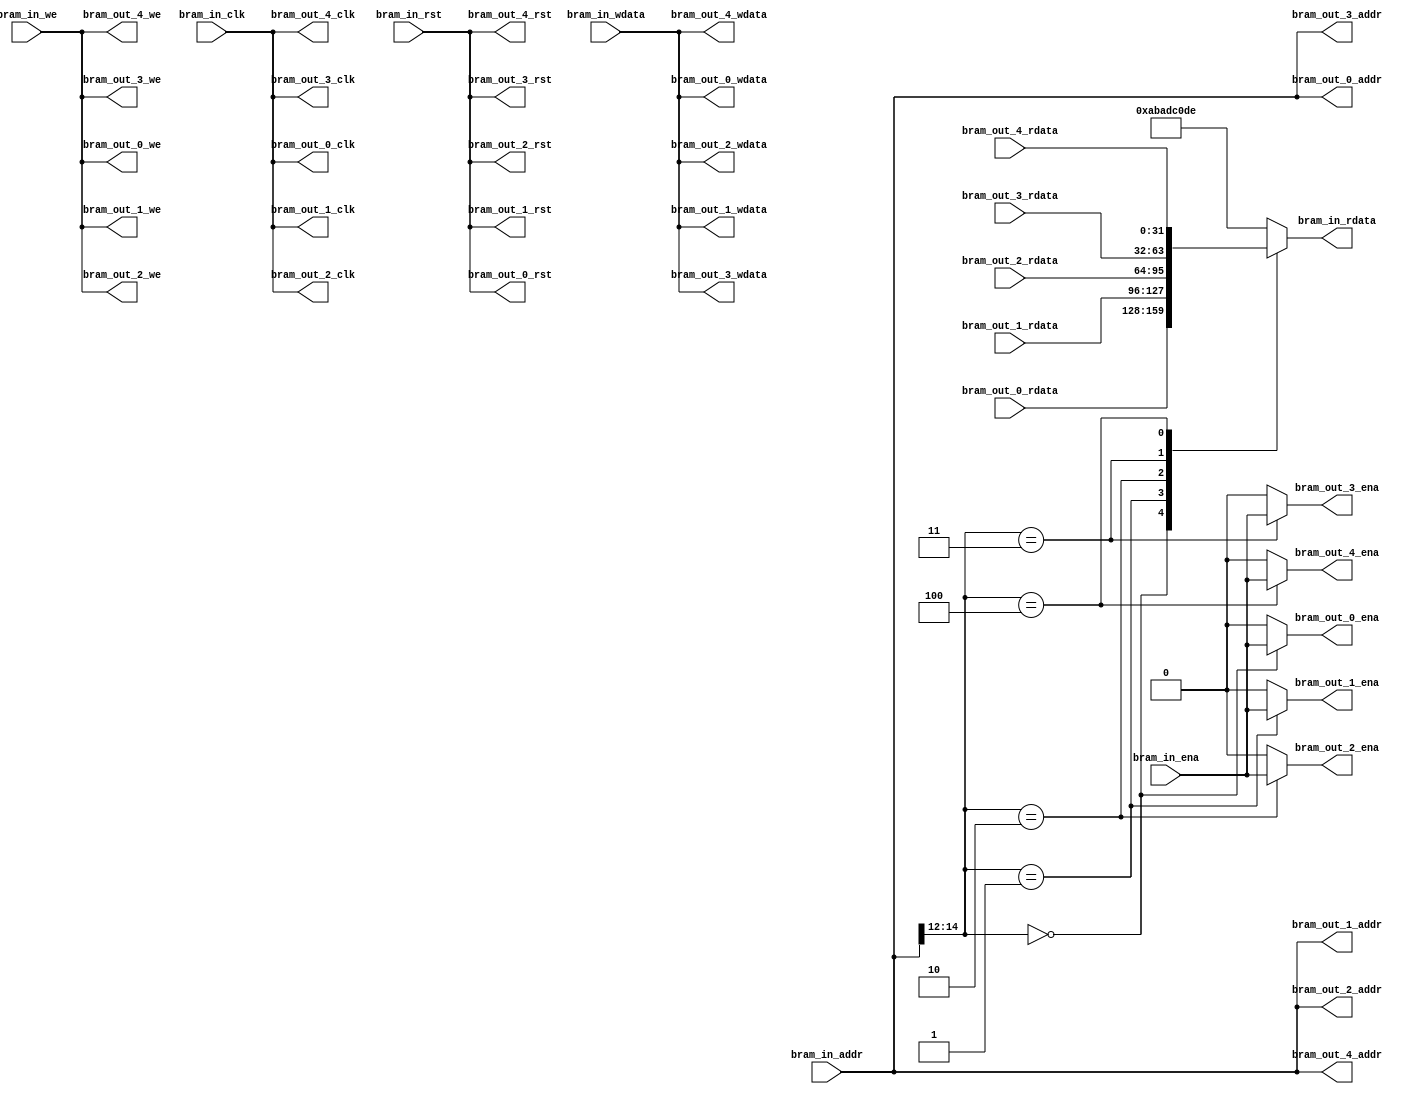
// This program was cloned from: https://github.com/OVGN/OpenIRV
// License: Apache License 2.0

/* 
 * ----------------------------------------------------------------------------
 *  Project:  OpenIRV
 *  Purpose:  Custom BRAM demux. Allows to connect separate BRAMs to
 *            a single AXI BRAM controller.
 * ----------------------------------------------------------------------------
 *  Copyright  2020-2021, Vaagn Oganesyan <ovgn@protonmail.com>
 *  
 *  Licensed under the Apache License, Version 2.0 (the "License");
 *  you may not use this file except in compliance with the License.
 *  You may obtain a copy of the License at
 *  
 *      http://www.apache.org/licenses/LICENSE-2.0
 *  
 *  Unless required by applicable law or agreed to in writing, software
 *  distributed under the License is distributed on an "AS IS" BASIS,
 *  WITHOUT WARRANTIES OR CONDITIONS OF ANY KIND, either express or implied.
 *  See the License for the specific language governing permissions and
 * ----------------------------------------------------------------------------
 */


`default_nettype none
`timescale 1ps / 1ps


module bram_port_demux
(
    (* X_INTERFACE_PARAMETER = "XIL_INTERFACENAME BRAM_PORT_IN, MEM_SIZE 32768, MASTER_TYPE BRAM_CTRL, MEM_WIDTH 32, MEM_ECC NONE, READ_LATENCY 1, READ_WRITE_MODE READ_WRITE" *)
    (* X_INTERFACE_INFO = "xilinx.com:interface:bram:1.0 BRAM_PORT_IN CLK"   *)     input   wire            bram_in_clk,
    (* X_INTERFACE_INFO = "xilinx.com:interface:bram:1.0 BRAM_PORT_IN EN "   *)     input   wire            bram_in_ena,
    (* X_INTERFACE_INFO = "xilinx.com:interface:bram:1.0 BRAM_PORT_IN RST"   *)     input   wire            bram_in_rst,
    (* X_INTERFACE_INFO = "xilinx.com:interface:bram:1.0 BRAM_PORT_IN WE"    *)     input   wire    [3:0]   bram_in_we,
    (* X_INTERFACE_INFO = "xilinx.com:interface:bram:1.0 BRAM_PORT_IN ADDR"  *)     input   wire    [31:0]  bram_in_addr,
    (* X_INTERFACE_INFO = "xilinx.com:interface:bram:1.0 BRAM_PORT_IN DIN"   *)     input   wire    [31:0]  bram_in_wdata,
    (* X_INTERFACE_INFO = "xilinx.com:interface:bram:1.0 BRAM_PORT_IN DOUT"  *)     output  reg     [31:0]  bram_in_rdata,
    
    (* X_INTERFACE_PARAMETER = "XIL_INTERFACENAME BRAM_PORT_OUT_0, MEM_SIZE 4096, MASTER_TYPE BRAM_CTRL, MEM_WIDTH 32, MEM_ECC NONE, READ_LATENCY 1, READ_WRITE_MODE READ_WRITE" *)
    (* X_INTERFACE_INFO = "xilinx.com:interface:bram:1.0 BRAM_PORT_OUT_0 CLK"   *)  output  wire            bram_out_0_clk,
    (* X_INTERFACE_INFO = "xilinx.com:interface:bram:1.0 BRAM_PORT_OUT_0 EN "   *)  output  reg             bram_out_0_ena,
    (* X_INTERFACE_INFO = "xilinx.com:interface:bram:1.0 BRAM_PORT_OUT_0 RST"   *)  output  wire            bram_out_0_rst,
    (* X_INTERFACE_INFO = "xilinx.com:interface:bram:1.0 BRAM_PORT_OUT_0 WE"    *)  output  wire    [3:0]   bram_out_0_we,
    (* X_INTERFACE_INFO = "xilinx.com:interface:bram:1.0 BRAM_PORT_OUT_0 ADDR"  *)  output  wire    [31:0]  bram_out_0_addr,
    (* X_INTERFACE_INFO = "xilinx.com:interface:bram:1.0 BRAM_PORT_OUT_0 DIN"   *)  output  wire    [31:0]  bram_out_0_wdata,
    (* X_INTERFACE_INFO = "xilinx.com:interface:bram:1.0 BRAM_PORT_OUT_0 DOUT"  *)  input   wire    [31:0]  bram_out_0_rdata,
    
    (* X_INTERFACE_PARAMETER = "XIL_INTERFACENAME BRAM_PORT_OUT_1, MEM_SIZE 4096, MASTER_TYPE BRAM_CTRL, MEM_WIDTH 32, MEM_ECC NONE, READ_LATENCY 1, READ_WRITE_MODE READ_WRITE" *)
    (* X_INTERFACE_INFO = "xilinx.com:interface:bram:1.0 BRAM_PORT_OUT_1 CLK"   *)  output  wire            bram_out_1_clk,
    (* X_INTERFACE_INFO = "xilinx.com:interface:bram:1.0 BRAM_PORT_OUT_1 EN "   *)  output  reg             bram_out_1_ena,
    (* X_INTERFACE_INFO = "xilinx.com:interface:bram:1.0 BRAM_PORT_OUT_1 RST"   *)  output  wire            bram_out_1_rst,
    (* X_INTERFACE_INFO = "xilinx.com:interface:bram:1.0 BRAM_PORT_OUT_1 WE"    *)  output  wire    [3:0]   bram_out_1_we,
    (* X_INTERFACE_INFO = "xilinx.com:interface:bram:1.0 BRAM_PORT_OUT_1 ADDR"  *)  output  wire    [31:0]  bram_out_1_addr,
    (* X_INTERFACE_INFO = "xilinx.com:interface:bram:1.0 BRAM_PORT_OUT_1 DIN"   *)  output  wire    [31:0]  bram_out_1_wdata,
    (* X_INTERFACE_INFO = "xilinx.com:interface:bram:1.0 BRAM_PORT_OUT_1 DOUT"  *)  input   wire    [31:0]  bram_out_1_rdata,
    
    (* X_INTERFACE_PARAMETER = "XIL_INTERFACENAME BRAM_PORT_OUT_2, MEM_SIZE 4096, MASTER_TYPE BRAM_CTRL, MEM_WIDTH 32, MEM_ECC NONE, READ_LATENCY 1, READ_WRITE_MODE READ_WRITE" *)
    (* X_INTERFACE_INFO = "xilinx.com:interface:bram:1.0 BRAM_PORT_OUT_2 CLK"   *)  output  wire            bram_out_2_clk,
    (* X_INTERFACE_INFO = "xilinx.com:interface:bram:1.0 BRAM_PORT_OUT_2 EN "   *)  output  reg             bram_out_2_ena,
    (* X_INTERFACE_INFO = "xilinx.com:interface:bram:1.0 BRAM_PORT_OUT_2 RST"   *)  output  wire            bram_out_2_rst,
    (* X_INTERFACE_INFO = "xilinx.com:interface:bram:1.0 BRAM_PORT_OUT_2 WE"    *)  output  wire    [3:0]   bram_out_2_we,
    (* X_INTERFACE_INFO = "xilinx.com:interface:bram:1.0 BRAM_PORT_OUT_2 ADDR"  *)  output  wire    [31:0]  bram_out_2_addr,
    (* X_INTERFACE_INFO = "xilinx.com:interface:bram:1.0 BRAM_PORT_OUT_2 DIN"   *)  output  wire    [31:0]  bram_out_2_wdata,
    (* X_INTERFACE_INFO = "xilinx.com:interface:bram:1.0 BRAM_PORT_OUT_2 DOUT"  *)  input   wire    [31:0]  bram_out_2_rdata,
    
    (* X_INTERFACE_PARAMETER = "XIL_INTERFACENAME BRAM_PORT_OUT_3, MEM_SIZE 4096, MASTER_TYPE BRAM_CTRL, MEM_WIDTH 32, MEM_ECC NONE, READ_LATENCY 1, READ_WRITE_MODE READ_WRITE" *)
    (* X_INTERFACE_INFO = "xilinx.com:interface:bram:1.0 BRAM_PORT_OUT_3 CLK"   *)  output  wire            bram_out_3_clk,
    (* X_INTERFACE_INFO = "xilinx.com:interface:bram:1.0 BRAM_PORT_OUT_3 EN "   *)  output  reg             bram_out_3_ena,
    (* X_INTERFACE_INFO = "xilinx.com:interface:bram:1.0 BRAM_PORT_OUT_3 RST"   *)  output  wire            bram_out_3_rst,
    (* X_INTERFACE_INFO = "xilinx.com:interface:bram:1.0 BRAM_PORT_OUT_3 WE"    *)  output  wire    [3:0]   bram_out_3_we,
    (* X_INTERFACE_INFO = "xilinx.com:interface:bram:1.0 BRAM_PORT_OUT_3 ADDR"  *)  output  wire    [31:0]  bram_out_3_addr,
    (* X_INTERFACE_INFO = "xilinx.com:interface:bram:1.0 BRAM_PORT_OUT_3 DIN"   *)  output  wire    [31:0]  bram_out_3_wdata,
    (* X_INTERFACE_INFO = "xilinx.com:interface:bram:1.0 BRAM_PORT_OUT_3 DOUT"  *)  input   wire    [31:0]  bram_out_3_rdata,
    
    (* X_INTERFACE_PARAMETER = "XIL_INTERFACENAME BRAM_PORT_OUT_4, MEM_SIZE 4096, MASTER_TYPE BRAM_CTRL, MEM_WIDTH 32, MEM_ECC NONE, READ_LATENCY 1, READ_WRITE_MODE READ_WRITE" *)
    (* X_INTERFACE_INFO = "xilinx.com:interface:bram:1.0 BRAM_PORT_OUT_4 CLK"   *)  output  wire            bram_out_4_clk,
    (* X_INTERFACE_INFO = "xilinx.com:interface:bram:1.0 BRAM_PORT_OUT_4 EN "   *)  output  reg             bram_out_4_ena,
    (* X_INTERFACE_INFO = "xilinx.com:interface:bram:1.0 BRAM_PORT_OUT_4 RST"   *)  output  wire            bram_out_4_rst,
    (* X_INTERFACE_INFO = "xilinx.com:interface:bram:1.0 BRAM_PORT_OUT_4 WE"    *)  output  wire    [3:0]   bram_out_4_we,
    (* X_INTERFACE_INFO = "xilinx.com:interface:bram:1.0 BRAM_PORT_OUT_4 ADDR"  *)  output  wire    [31:0]  bram_out_4_addr,
    (* X_INTERFACE_INFO = "xilinx.com:interface:bram:1.0 BRAM_PORT_OUT_4 DIN"   *)  output  wire    [31:0]  bram_out_4_wdata,
    (* X_INTERFACE_INFO = "xilinx.com:interface:bram:1.0 BRAM_PORT_OUT_4 DOUT"  *)  input   wire    [31:0]  bram_out_4_rdata
);
    
/*-------------------------------------------------------------------------------------------------------------------------------------*/

    assign  bram_out_0_clk   = bram_in_clk;
    assign  bram_out_0_rst   = bram_in_rst;
    assign  bram_out_0_we    = bram_in_we;
    assign  bram_out_0_addr  = bram_in_addr;
    assign  bram_out_0_wdata = bram_in_wdata;
    
    assign  bram_out_1_clk   = bram_in_clk;
    assign  bram_out_1_rst   = bram_in_rst;
    assign  bram_out_1_we    = bram_in_we;
    assign  bram_out_1_addr  = bram_in_addr;
    assign  bram_out_1_wdata = bram_in_wdata;
    
    assign  bram_out_2_clk   = bram_in_clk;
    assign  bram_out_2_rst   = bram_in_rst;
    assign  bram_out_2_we    = bram_in_we;
    assign  bram_out_2_addr  = bram_in_addr;
    assign  bram_out_2_wdata = bram_in_wdata;
    
    assign  bram_out_3_clk   = bram_in_clk;
    assign  bram_out_3_rst   = bram_in_rst;
    assign  bram_out_3_we    = bram_in_we;
    assign  bram_out_3_addr  = bram_in_addr;
    assign  bram_out_3_wdata = bram_in_wdata;
    
    assign  bram_out_4_clk   = bram_in_clk;
    assign  bram_out_4_rst   = bram_in_rst;
    assign  bram_out_4_we    = bram_in_we;
    assign  bram_out_4_addr  = bram_in_addr;
    assign  bram_out_4_wdata = bram_in_wdata;
    
    
    always @(*) begin
        case (bram_in_addr[14:12])
            3'd0: begin
                bram_in_rdata = bram_out_0_rdata;
                bram_out_0_ena = bram_in_ena;
                bram_out_1_ena = 1'b0;
                bram_out_2_ena = 1'b0;
                bram_out_3_ena = 1'b0;
                bram_out_4_ena = 1'b0;
            end
            
            3'd1: begin
                bram_in_rdata = bram_out_1_rdata;
                bram_out_0_ena = 1'b0;
                bram_out_1_ena = bram_in_ena;
                bram_out_2_ena = 1'b0;
                bram_out_3_ena = 1'b0;
                bram_out_4_ena = 1'b0;
            end
            
            3'd2: begin
                bram_in_rdata = bram_out_2_rdata;
                bram_out_0_ena = 1'b0;
                bram_out_1_ena = 1'b0;
                bram_out_2_ena = bram_in_ena;
                bram_out_3_ena = 1'b0;
                bram_out_4_ena = 1'b0;
            end
            
            3'd3: begin
                bram_in_rdata = bram_out_3_rdata;
                bram_out_0_ena = 1'b0;
                bram_out_1_ena = 1'b0;
                bram_out_2_ena = 1'b0;
                bram_out_3_ena = bram_in_ena;
                bram_out_4_ena = 1'b0;
            end
            
            3'd4: begin
                bram_in_rdata = bram_out_4_rdata;
                bram_out_0_ena = 1'b0;
                bram_out_1_ena = 1'b0;
                bram_out_2_ena = 1'b0;
                bram_out_3_ena = 1'b0;
                bram_out_4_ena = bram_in_ena;
            end
            
            default: begin
                bram_in_rdata = 32'hABADC0DE;
                bram_out_0_ena = 1'b0;
                bram_out_1_ena = 1'b0;
                bram_out_2_ena = 1'b0;
                bram_out_3_ena = 1'b0;
                bram_out_4_ena = 1'b0;
            end
            
        endcase
    end
    
endmodule

/*-------------------------------------------------------------------------------------------------------------------------------------*/

`default_nettype wire